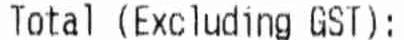
TOTAL (EXCLUDING GST):